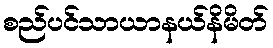
စည်ပင်သာယာနယ်နိမိတ်